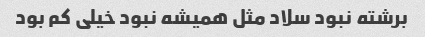
برشته نبود سلاد مثل همیشه نبود خیلی کم بود